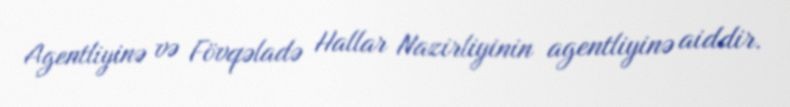
Agentliyinə və Fövqəladə Hallar Nazirliyinin agentliyinə aiddir.